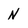
Character: N